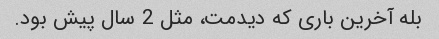
بله آخرین باری که دیدمت، مثل 2 سال پیش بود.